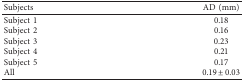
<table><thead><tr><td><b>Subjects</b></td><td><b>AD (mm)</b></td></tr></thead><tbody><tr><td>Subject 1</td><td>0.18</td></tr><tr><td>Subject 2</td><td>0.16</td></tr><tr><td>Subject 3</td><td>0.23</td></tr><tr><td>Subject 4</td><td>0.21</td></tr><tr><td>Subject 5</td><td>0.17</td></tr><tr><td>All</td><td>0.19 ± 0.03</td></tr></tbody></table>